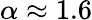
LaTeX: \alpha\approx 1.6